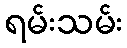
ရမ်းသမ်း